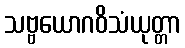
သဗ္ဗယောဂဝိသံယုတ္တာ